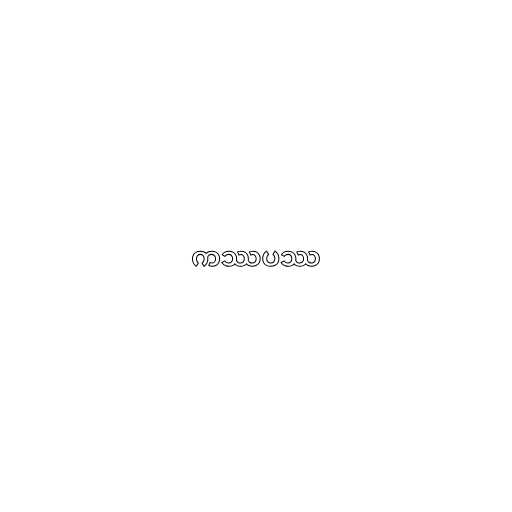
ကဿပဿ